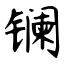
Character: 镧